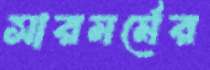
সারমর্মের